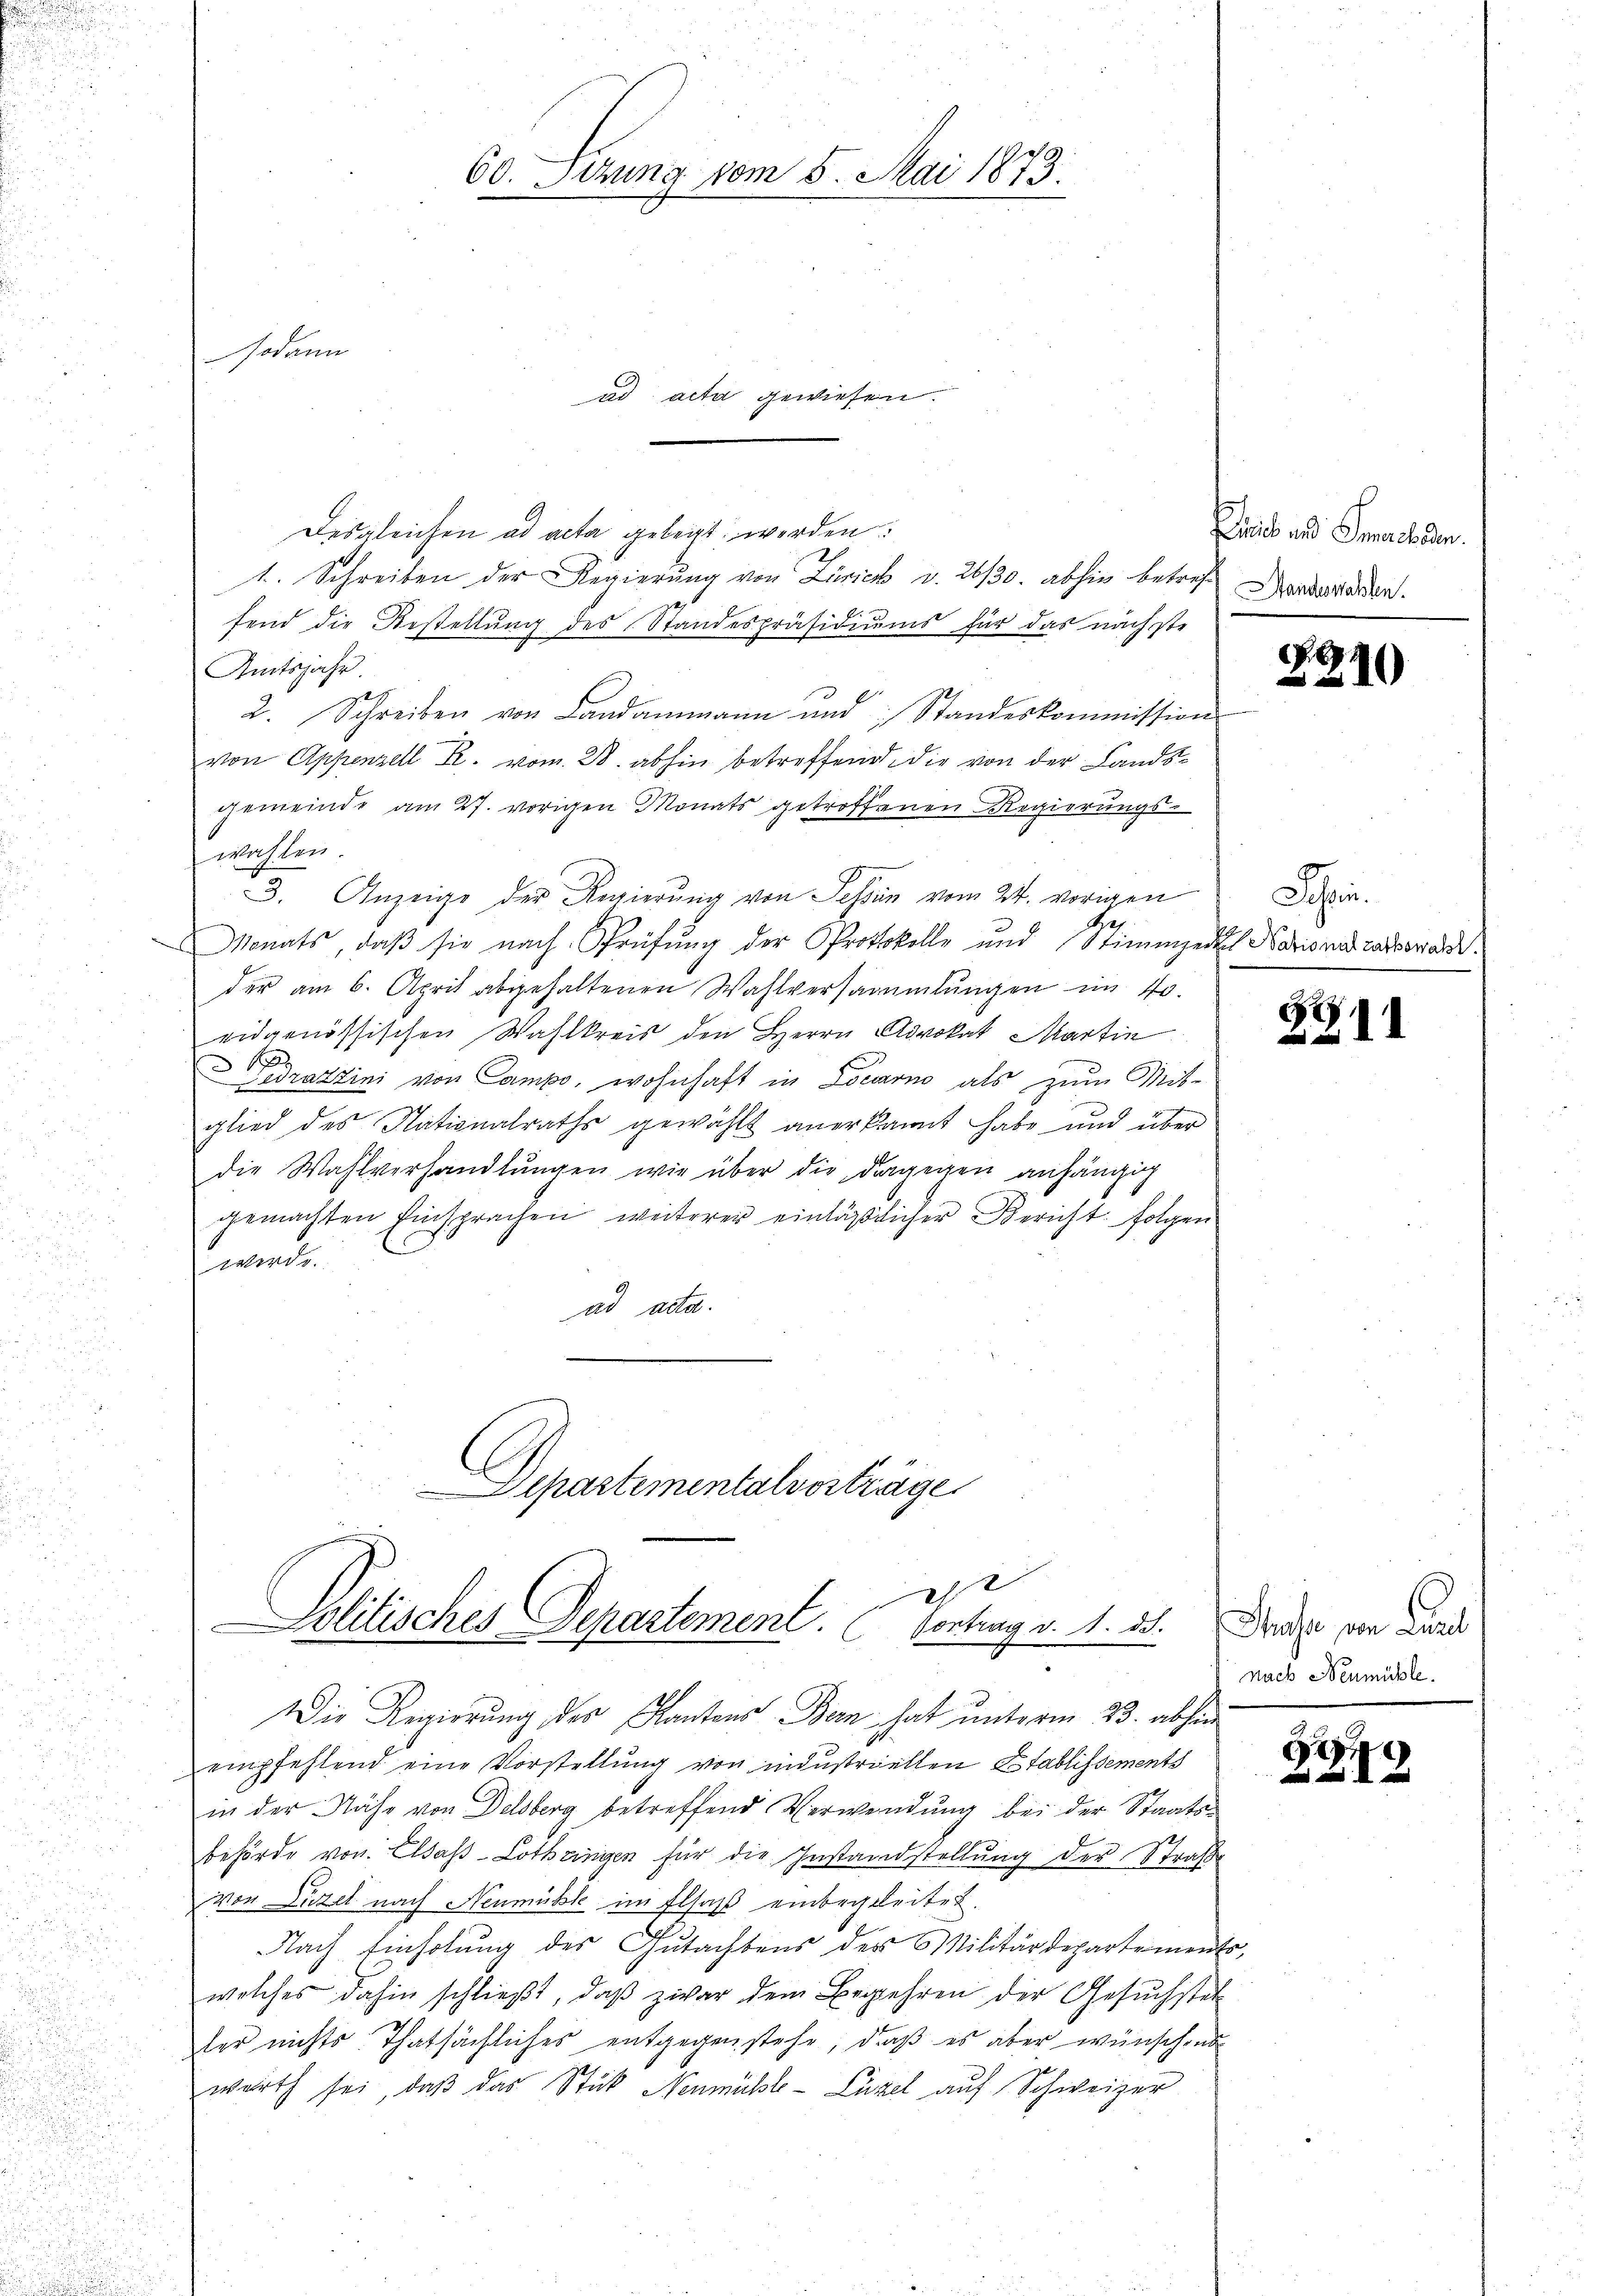
Jodann

60. Seizung vom 5. Mai 1873.

Desgleichen ad acta gelegt werden:
t. Schreiben der Regierung von Zürich v. 26/30. abhin betreffend die Bestellung des Standespräsidiums für das nächste
Amtsjahr.
11
2. Schreiben von Landammann und Standeskommission
von Appenzell R. vom 28. abhin betreffend die von der Landsgemeinde am 27. vorigen Monats getroffenen Regierungs-
wählen.
3. Anzeige der Regierŭng von Tessin vom 24. vorigen Dir.
Bes
Monats, daß sie nach Sprüfung der Protokolle und Stimmzedel Nazionalratsordn
der am 6. April abgehaltenen Wahlversammlungen im 40.
eidgenössischen Wahlkreis den Herrn Advokat Martin
1
Gedrattini von Campo, wohnhaft in Locarno als zum Mit-
glied des Nationalraths gewählt anerkannt habe und über
die Wahlverhandlŭngen wie über die dagegen anhängig
gemachten Einsprachen weiterer einläßlicher Bericht folgen
werde.
ad acta.
e

ad acta gewiesen.

t
politisches Departement. (Vontrag v. 1. ds.

lpartementalvorträge

Die Regierung des Kantons Bern hat unterm 23. abhin
empfehlend eine Vorstellung von industriellen Stablissements
in der Nähe von Delsberg betreffend Verwendung bei der Staatsbehörde von Elsass-Lothringen für die Instandstellung der Straße
von Luzer nach Neumütte im Elsaß einbegleitet.
Nach Einholung des Gutachtens des Militärdepartements,
welches dahin schließt, daß zwar dem Begehren der Gesuchstet
ter nichts Thatsächliches entgegenstehe, daß es aber wünschend
werth sei, daß das Stück Neumühle- Cüzel auf Schweizer

Pacis und Grebeden.
Standeswahlen.

. G

7
.

8

10

.

Thase von Laut
nach Neumühle.